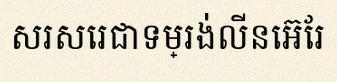
សរសេរជាទម្រង់លីនេអ៊ែរ